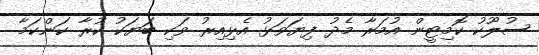
ސުލޫކު ކޮމިޓީން އުމަރާ މެދު ފިޔަވަޅު އެޅިއިރު ވަކި ބަޔަކު ކުރާ ކަންކަމާ